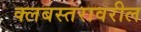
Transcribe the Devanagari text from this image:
क्लबस्तरावरील